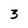
Character: 3